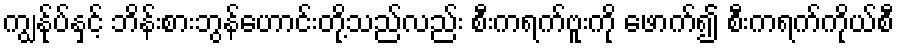
ကျွန်ုပ်နှင့် ဘိန်းစားဘွန်ဟောင်းတို့သည်လည်း စီးကရက်ဗူးကို ဖောက်၍ စီးကရက်ကိုယ်စီ